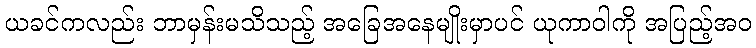
ယခင်ကလည်း ဘာမှန်းမသိသည့် အခြေအနေမျိုးမှာပင် ယုကာဝါကို အပြည့်အဝ